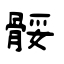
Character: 骽